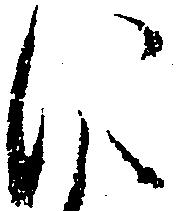
に